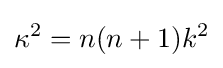
\kappa ^{2}=n(n+1)k^{2}